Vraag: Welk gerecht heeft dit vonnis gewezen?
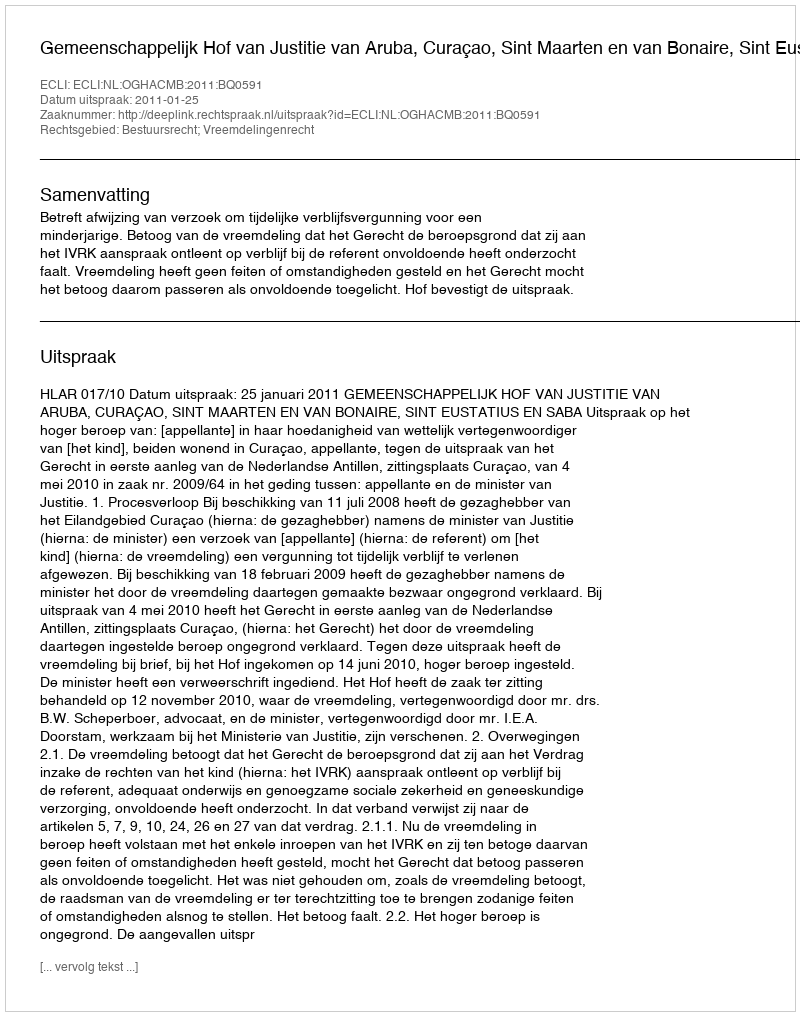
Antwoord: Gemeenschappelijk Hof van Justitie van Aruba, Curaçao, Sint Maarten en van Bonaire, Sint Eustatius en Saba